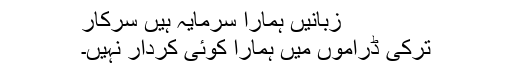
زبانیں ہمارا سرمایہ ہیں سرکار
ترکی ڈراموں میں ہمارا کوئی کردار نہیں۔